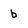
Character: b